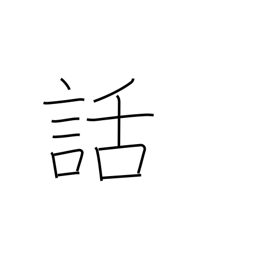
Meaning: tale